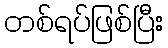
တစ်ရပ်ဖြစ်ပြီး